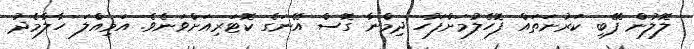
ލޮލުން ފޭބި ކަރުނަތައް ފޮހެލުމަށްފަހު ދިމްނާ ގޮސް އޭނަގެ ކޮޓަރިއަށްވަނެވެ. އަމިއްލަ ހާލާމެދު